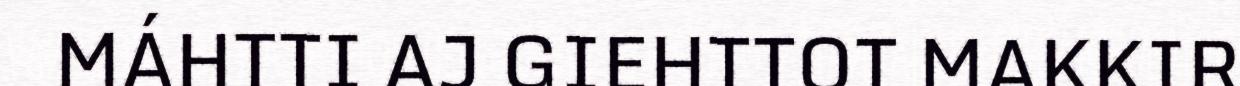
MÁHTTI AJ GIEHTTOT MAKKIR